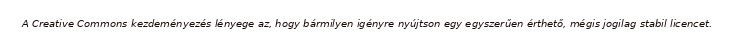
A Creative Commons kezdeményezés lényege az, hogy bármilyen igényre nyújtson egy egyszerűen érthető, mégis jogilag stabil licencet.